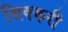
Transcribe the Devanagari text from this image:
शिवकरी